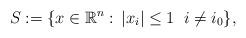
LaTeX: \begin{align*}S:=\{x\in \mathbb{R}^n:\, |x_i|\leq 1 \;\; i \neq i_0 \},\end{align*}